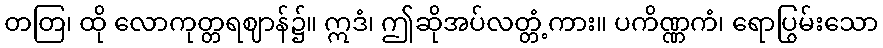
တတြ၊ ထို လောကုတ္တရဈာန်၌။ ဣဒံ၊ ဤဆိုအပ်လတ္တံ့ကား။ ပကိဏ္ဏကံ၊ ရောပြွမ်းသော